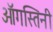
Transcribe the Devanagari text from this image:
ऑगस्तिनी